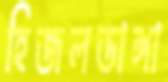
হিজলডাঙ্গা